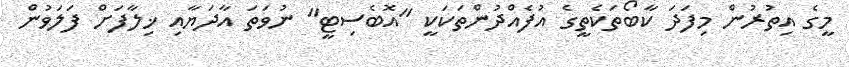
މީގެ އިތުރުން މިފަދަ ކާބޯތަކެތީގެ އުފެއްދުންތަކަކީ "އޮބެސިޓީ" ނުވަތަ އާދަޔާއި ޚިލާފަށް ފަލަވުން